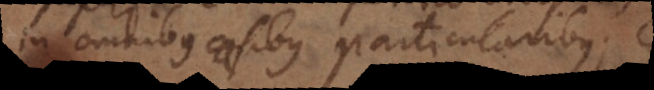
in omnibus casibus particularibus.